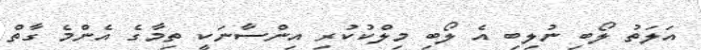
އަލަތު ލޯބި ނުލިބި އެ ލޯބި މިލްކުކުރި އިންސާނަކީ ތިމާގެ އެންމެ ގާތް